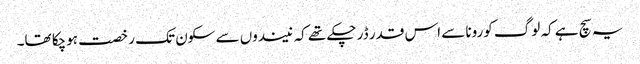
یہ سچ ہے کہ لوگ کورونا سے اس قدر ڈر چکے تھے کہ نیندوں سے سکون تک رخصت ہوچکا تھا۔